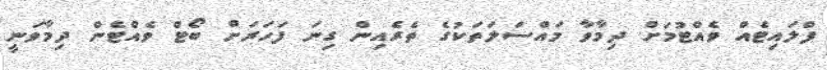
ފްލައިޓެއް ވެއްޓުމަށް ދިމާވާ މައްސަލަތަކުގެ ތެރެއިން ގިނަ ފަހަރަށް ބޯޓް ވެއްޓެން ދިމާވަނީ